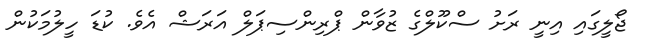
ޖޯލީގައި އިނީ ރަށު ސްކޫލްގެ ޒުވާން ޕްރިންސިޕަލް އަރަޝް އެވެ. ކުޑަ ހީލުމަކުން